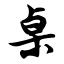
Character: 桌